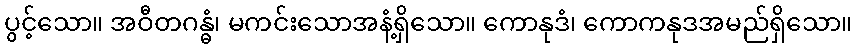
ပွင့်သော။ အဝီတဂန္ဓံ၊ မကင်းသောအနံ့ရှိသော။ ကောနုဒံ၊ ကောကနုဒအမည်ရှိသော။